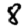
Digit: 8